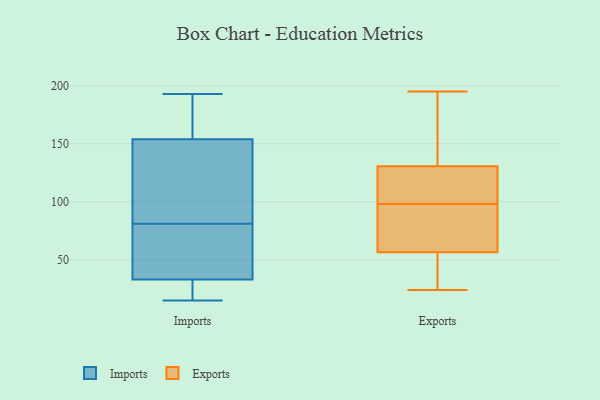
{"axis": {"x": "Revenue (USD Million)", "y": "Value"}, "legend": ["Exports", "Imports"], "data": [{"x": "", "y": 29, "type": "Imports"}, {"x": "", "y": 166, "type": "Imports"}, {"x": "", "y": 114, "type": "Imports"}, {"x": "", "y": 193, "type": "Imports"}, {"x": "", "y": 149, "type": "Imports"}, {"x": "", "y": 46, "type": "Imports"}, {"x": "", "y": 154, "type": "Imports"}, {"x": "", "y": 192, "type": "Imports"}, {"x": "", "y": 15, "type": "Imports"}, {"x": "", "y": 83, "type": "Imports"}, {"x": "", "y": 33, "type": "Imports"}, {"x": "", "y": 29, "type": "Imports"}, {"x": "", "y": 79, "type": "Imports"}, {"x": "", "y": 56, "type": "Imports"}, {"x": "", "y": 121, "type": "Exports"}, {"x": "", "y": 161, "type": "Exports"}, {"x": "", "y": 30, "type": "Exports"}, {"x": "", "y": 195, "type": "Exports"}, {"x": "", "y": 61, "type": "Exports"}, {"x": "", "y": 131, "type": "Exports"}, {"x": "", "y": 80, "type": "Exports"}, {"x": "", "y": 98, "type": "Exports"}, {"x": "", "y": 73, "type": "Exports"}, {"x": "", "y": 157, "type": "Exports"}, {"x": "", "y": 42, "type": "Exports"}, {"x": "", "y": 95, "type": "Exports"}, {"x": "", "y": 138, "type": "Exports"}, {"x": "", "y": 55, "type": "Exports"}, {"x": "", "y": 111, "type": "Exports"}, {"x": "", "y": 130, "type": "Exports"}, {"x": "", "y": 24, "type": "Exports"}, {"x": "", "y": 45, "type": "Exports"}, {"x": "", "y": 128, "type": "Exports"}]}